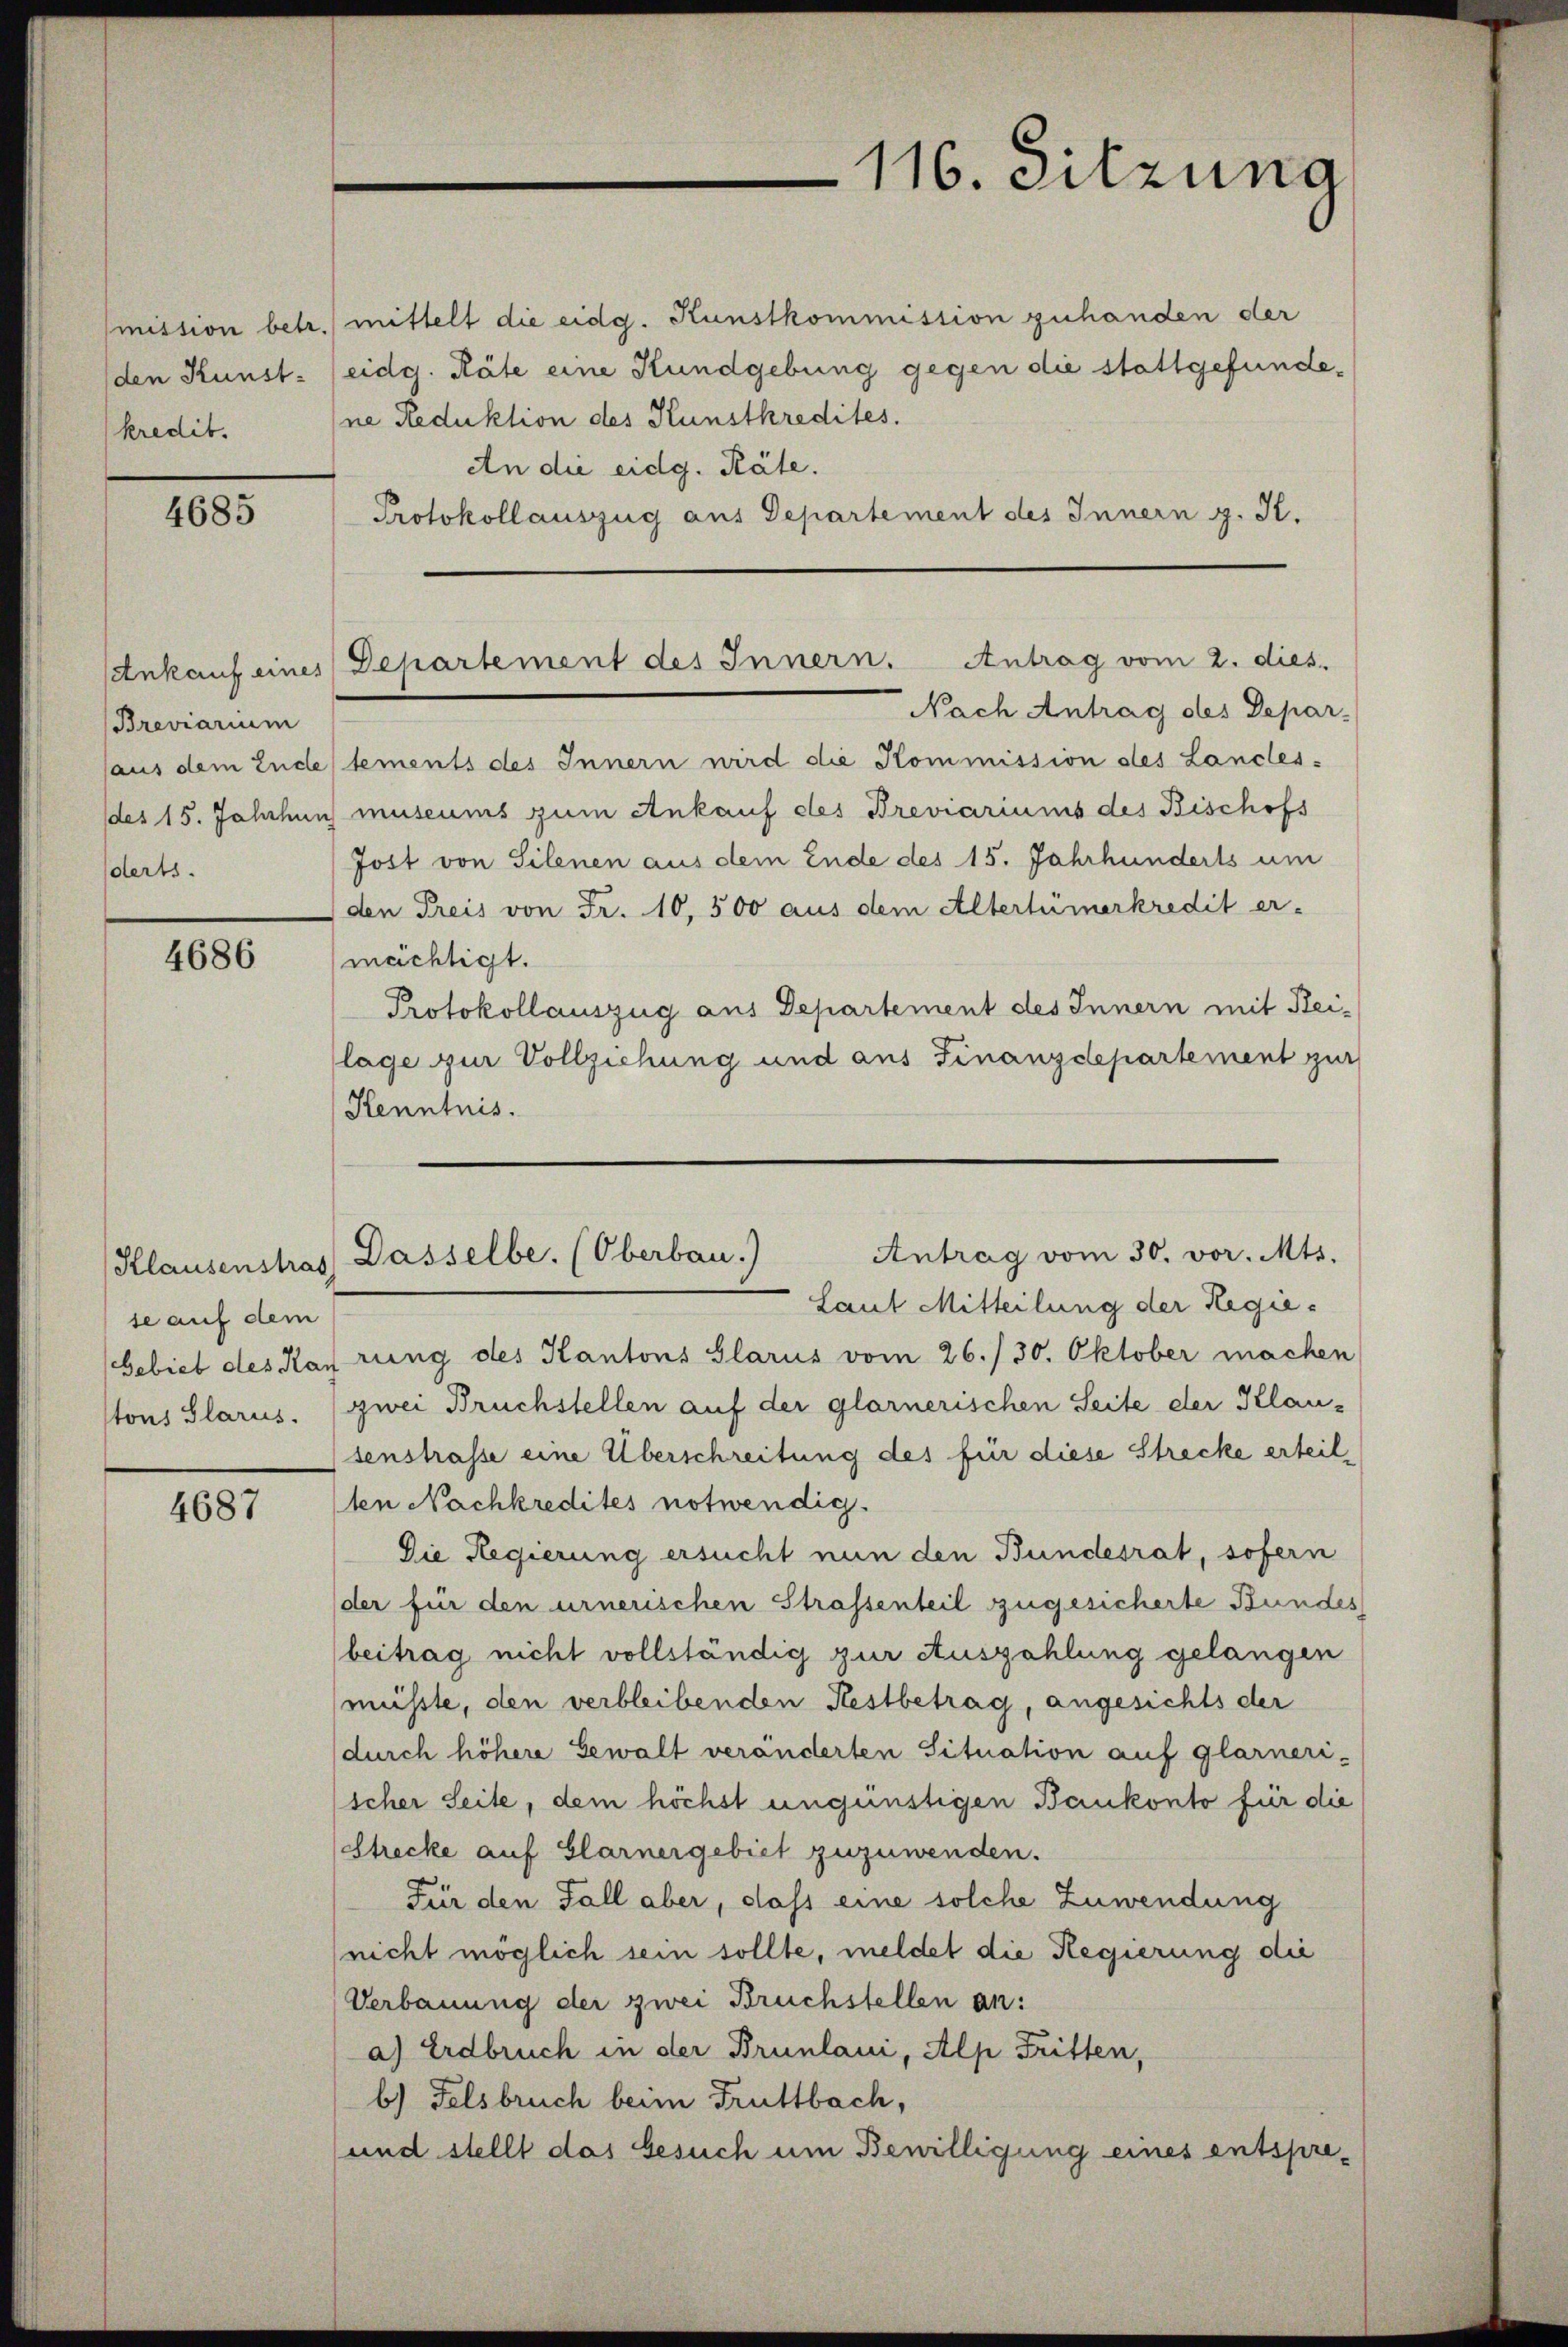
kredit.

4685

Breviarium
derts.

4686

Klausenstrat,
se auf dem
tons Glarus.

4687

mission betr. mittelt die eidg. Kunstkommission zuhanden der
(den Kunst. (eidg. Räte eine Kundgebung gegen die stattgefundene Reduktion des Kunstkredites.
An die eidg. Räte.
Protokollauszug aus Departement des Innern g. K.

Nach Antrag des Depar-
(aus dem Ende tements des Innern wird die Kommission des Landes:
(des 15. Jahrhun museums zum Ankauf des Breviariums des Bischofs
Jost von Silenen aus dem Ende des 15. Jahrhunderts um
den Preis von Fr. 10,500 aus dem Altertümerkredit er-
mächtigt.
Protokollauszug aus Departement des Innern mit Reilage zur Vollziehung und aus Finanzdepartement zur
Kenntnis.

116. Sitzung

Ankauf eines Departement des Innern. Antrag vom 2. dies

Antrag vom 30. vor. Mts.
Dasselbe. (Oberbau.)

Laut Mitteilung der Regie¬
Gebiet des Karrung des Kantons Glarus vom 26./30. Oktober machen
zwei Bruchstellen auf der glarnerischen Seite der Klausenstrasse eine Überschreitung des für diese Strecke erteilten Nachkredites notwendig.
Die Regierung ersucht nun den Bundesrat, sofern
der für den urnerischen Strassenteil zugesicherte Bundes
beitrag nicht vollständig zur Auszahlung gelangen
müsste, den verbleibenden Restbetrag, angesichts der
(durch höhere Gewalt veränderten Situation auf Glarneri-
scher Seite, dem höchst ungünstigen Bankonto für die
Strecke auf Glarnergebiet zuzuwenden.
Für den Fall aber, dass eine solche Zuwendung
(nicht möglich sein sollte, meldet die Regierung die
Verbauung der zwei Bruchstellen an:
a) Erdbruch in der Brunlaui, Alp Tritten,
b) Felsbruch beim Truttbach,
und stellt das Gesuch um Bewilligung eines entspre¬